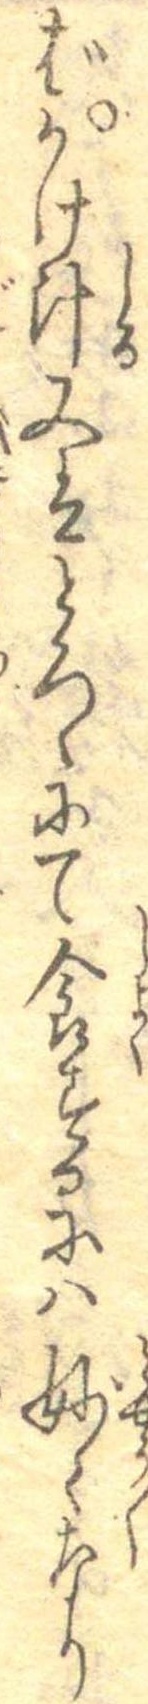
ばかけ汁又はとろゝにて食するには妙々なり